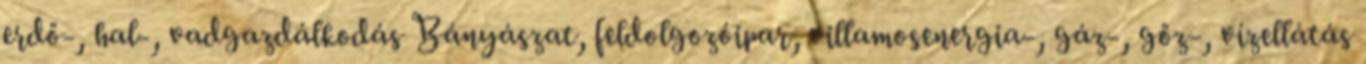
erdő-, hal-, vadgazdálkodás Bányászat, feldolgozóipar, villamosenergia-, gáz-, gőz-, vízellátás